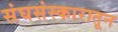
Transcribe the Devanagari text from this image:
संघसंस्कारातून